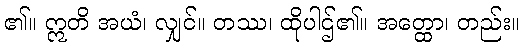
၏။ ဣတိ အယံ၊ လျှင်။ တဿ၊ ထိုပါဌ်၏။ အတ္ထော၊ တည်း။